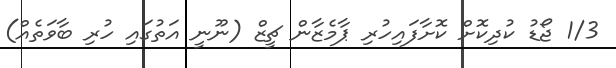
1/3 ޖޯޑު ކުދިކޮށް ކޮށާފައިހުރި ޕާމެޒާން ޗީޒް (ނޫނީ އަތުގައި ހުރި ބާވަތެއް)